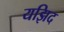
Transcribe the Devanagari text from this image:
यझिद